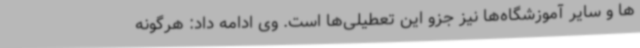
ها و سایر آموزشگاه‌ها نیز جزو این تعطیلی‌ها است. وی ادامه داد: هرگونه